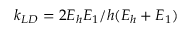
k _ { L D } = 2 E _ { h } E _ { 1 } / h ( E _ { h } + E _ { 1 } )